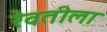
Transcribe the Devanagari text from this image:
रेवतीला